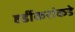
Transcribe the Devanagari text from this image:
हर्डीकरांकडे